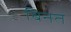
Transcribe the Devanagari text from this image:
बिनत